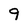
Character: 9